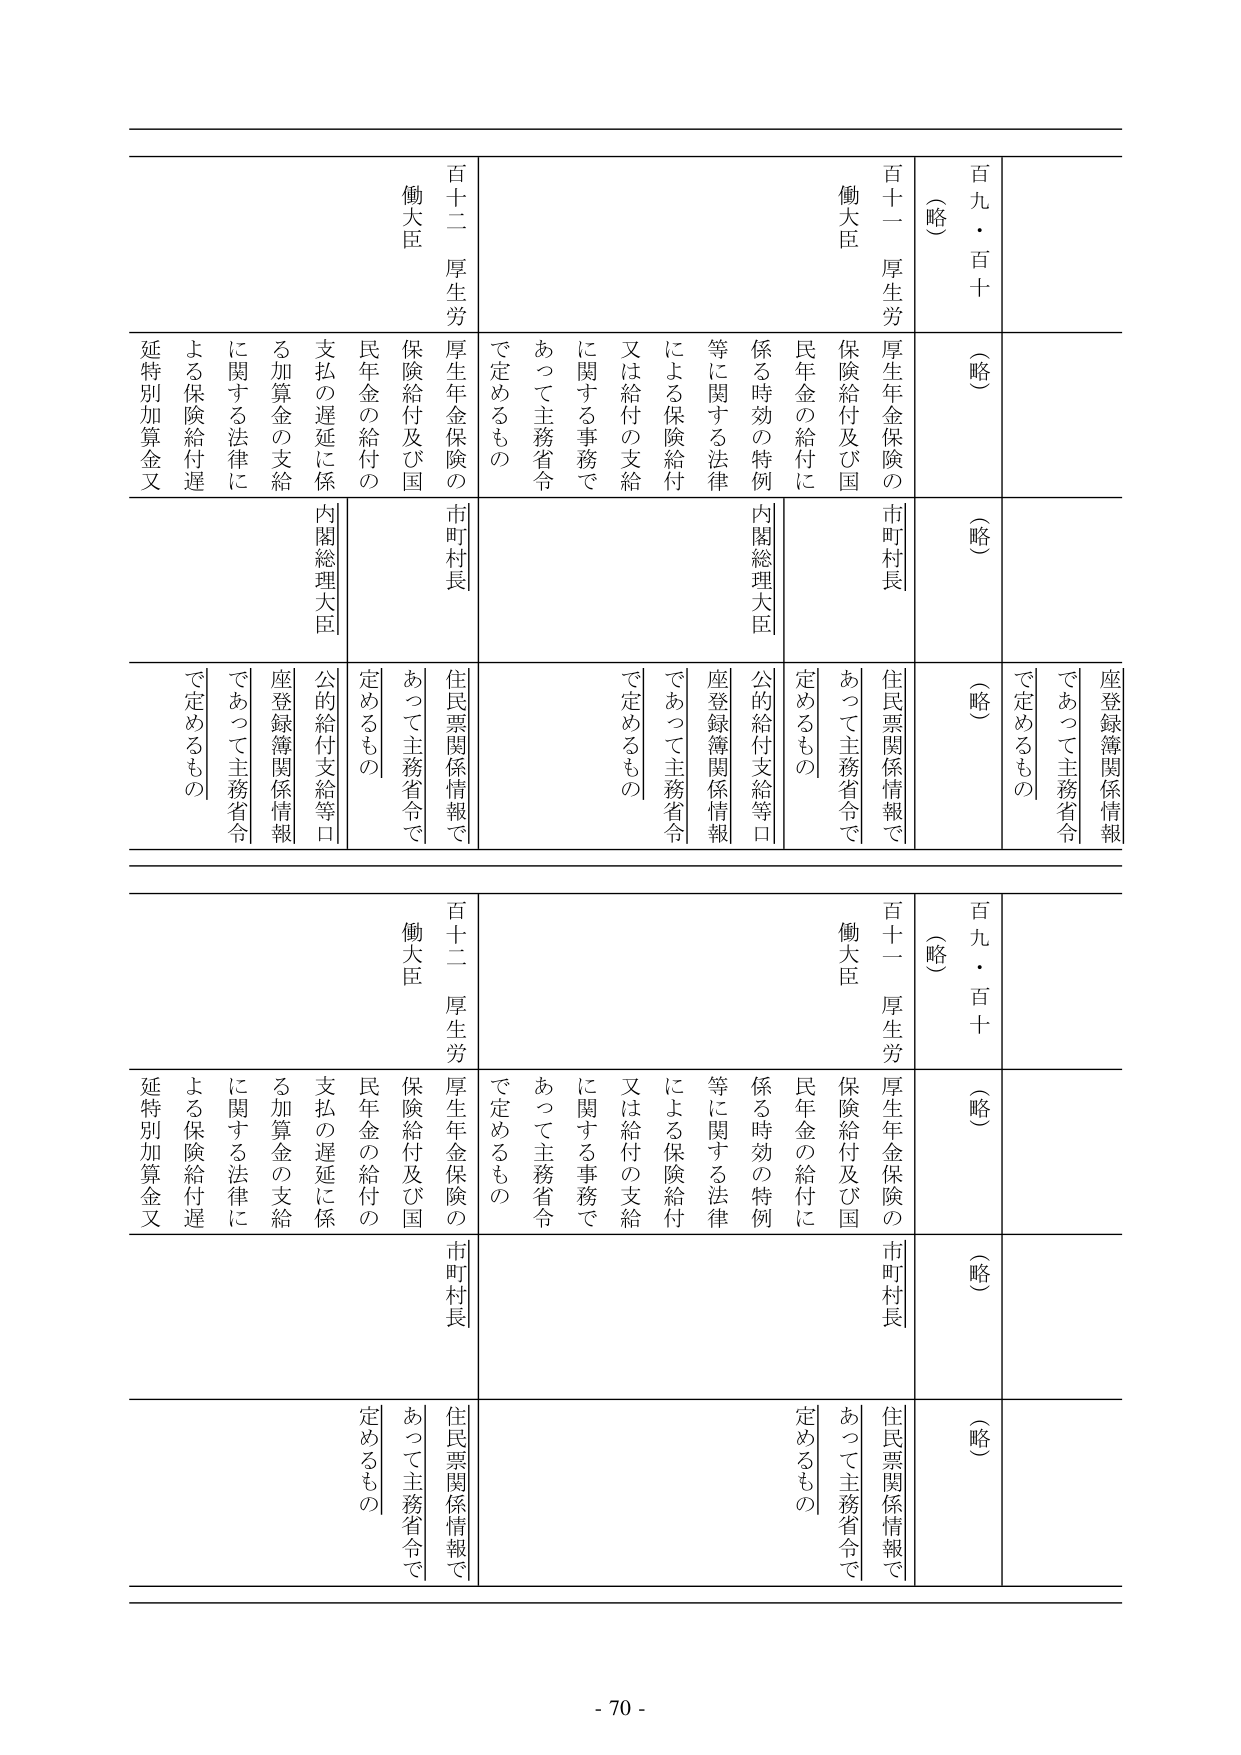
百九・百十
（略）
百十一 厚生労
働大臣
厚生年金保険の
保険給付及び国
民年金の給付に
係る時効の特例
等に関する法律
による保険給付
又は給付の支給
に関する事務で
あって主務省令
で定めるもの
市町村長
住民票関係情報で
あって主務省令で
定めるもの
内閣総理大臣
公的給付支給等口
座登録簿関係情報
であって主務省令
で定めるもの
百十二 厚生労
働大臣
厚生年金保険の
保険給付及び国
民年金の給付の
支払の遅延に係
る加算金の支給
に関する法律に
よる保険給付遅
延特別加算金又
市町村長
住民票関係情報で
あって主務省令で
定めるもの
内閣総理大臣
公的給付支給等口
座登録簿関係情報
であって主務省令
で定めるもの

百九・百十
（略）
百十一 厚生労
働大臣
厚生年金保険の
保険給付及び国
民年金の給付に
係る時効の特例
等に関する法律
による保険給付
又は給付の支給
に関する事務で
あって主務省令
で定めるもの
市町村長
住民票関係情報で
あって主務省令で
定めるもの
内閣総理大臣
公的給付支給等口
座登録簿関係情報
であって主務省令
で定めるもの
百十二 厚生労
働大臣
厚生年金保険の
保険給付及び国
民年金の給付の
支払の遅延に係
る加算金の支給
に関する法律に
よる保険給付遅
延特別加算金又
市町村長
住民票関係情報で
あって主務省令で
定めるもの
内閣総理大臣
公的給付支給等口
座登録簿関係情報
であって主務省令
で定めるもの

- 70 -